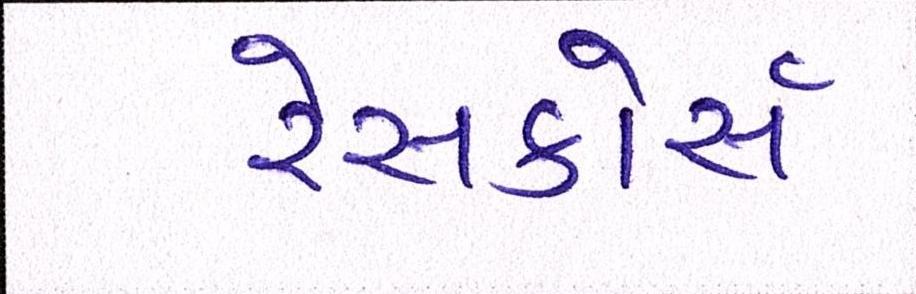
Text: રેસકોર્સ